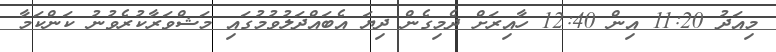
މިއަދު 11:20 އިން 12:40 ހާއިރަށް ދެމިގެން ދިޔަ އެބައްދަލުވުމުގައި މަޝްވަރާކުރެވުނު ކަންކަމާ